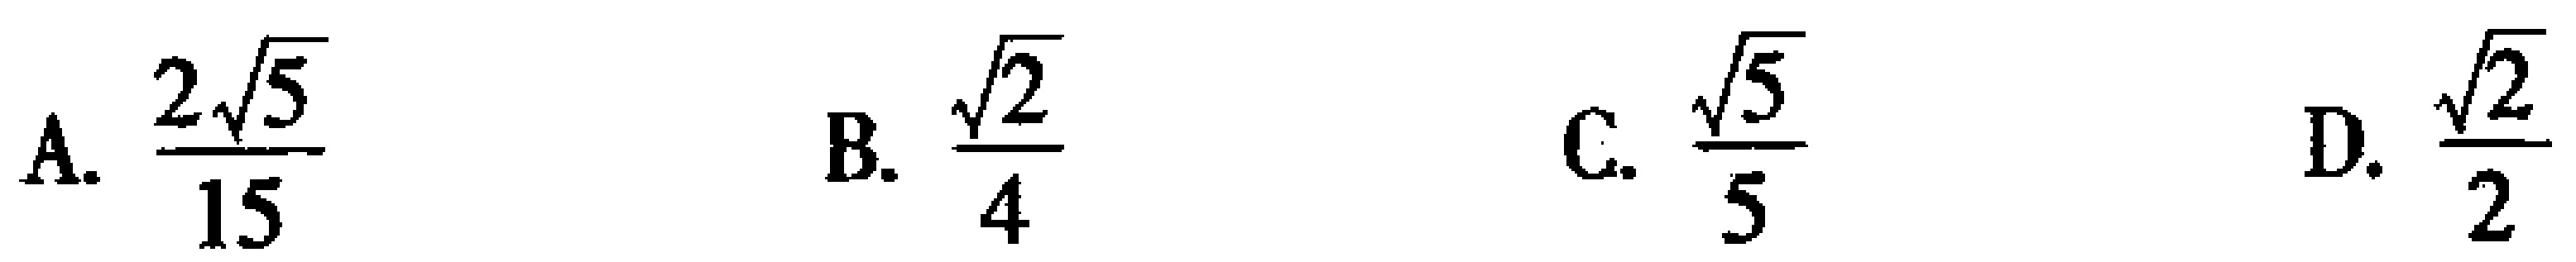
A. $\frac{2\sqrt{5}}{15}$  B. $\frac{\sqrt{2}}{4}$  C. $\frac{\sqrt{5}}{5}$  D. $\frac{\sqrt{2}}{2}$